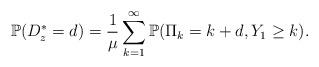
LaTeX: \begin{align*}\mathbb{P} (D^*_z = d) = \frac{1}{\mu} \sum_{k = 1}^\infty \mathbb{P}( \Pi_k = k + d, Y_1 \ge k) .\end{align*}